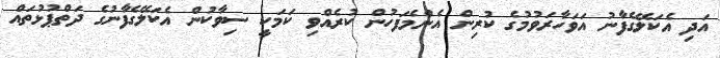
އަދި އެކަލޭގެފާނު އަވަހާރަވުމުގެ ކުރިން އެންމެފަހުން ކުރެއްވި ކަމަކީ ސިވާކުން އެކަލޭގެފާނުގެ ދަތްޕުޅުތައް